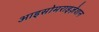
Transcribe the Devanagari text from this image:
आइसोमराइज़ेशन